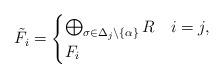
LaTeX: \begin{align*}\tilde{F}_i =\begin{cases}\bigoplus_{\sigma \in \Delta_j\setminus\{\alpha\}}R & i=j,\\F_i & \end{cases}\end{align*}